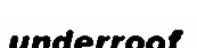
underroof